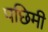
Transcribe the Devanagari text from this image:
पछिमी